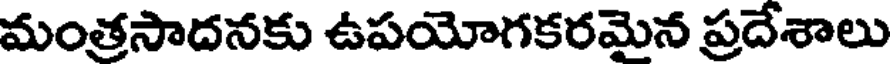
మంత్రసాదనకు ఉపయోగకరమైన ప్రదేశాలు